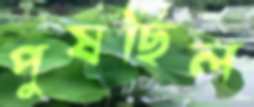
পুষছিল